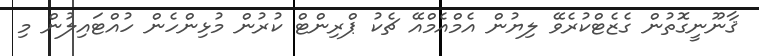
ޤާނޫނީގޮތުން ގެޒެޓްކުރެވޭ ލިޔުން އެމްއެމްއޭ ޗެކު ޕްރިންޓް ކުރުން މުޅިންހެން ހުއްޓައިލުން މި